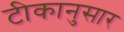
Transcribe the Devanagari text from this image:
टीकानुसार